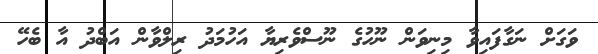
ވަގަށް ނަގާފައިވާ މިނިވަން ނޫހުގެ ނޫސްވެރިޔާ އަހުމަދު ރިލްވާން އަބްދު އާ ބެހޭ